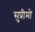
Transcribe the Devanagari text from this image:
सु्प्रीमो